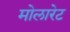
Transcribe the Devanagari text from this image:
मोलारेट